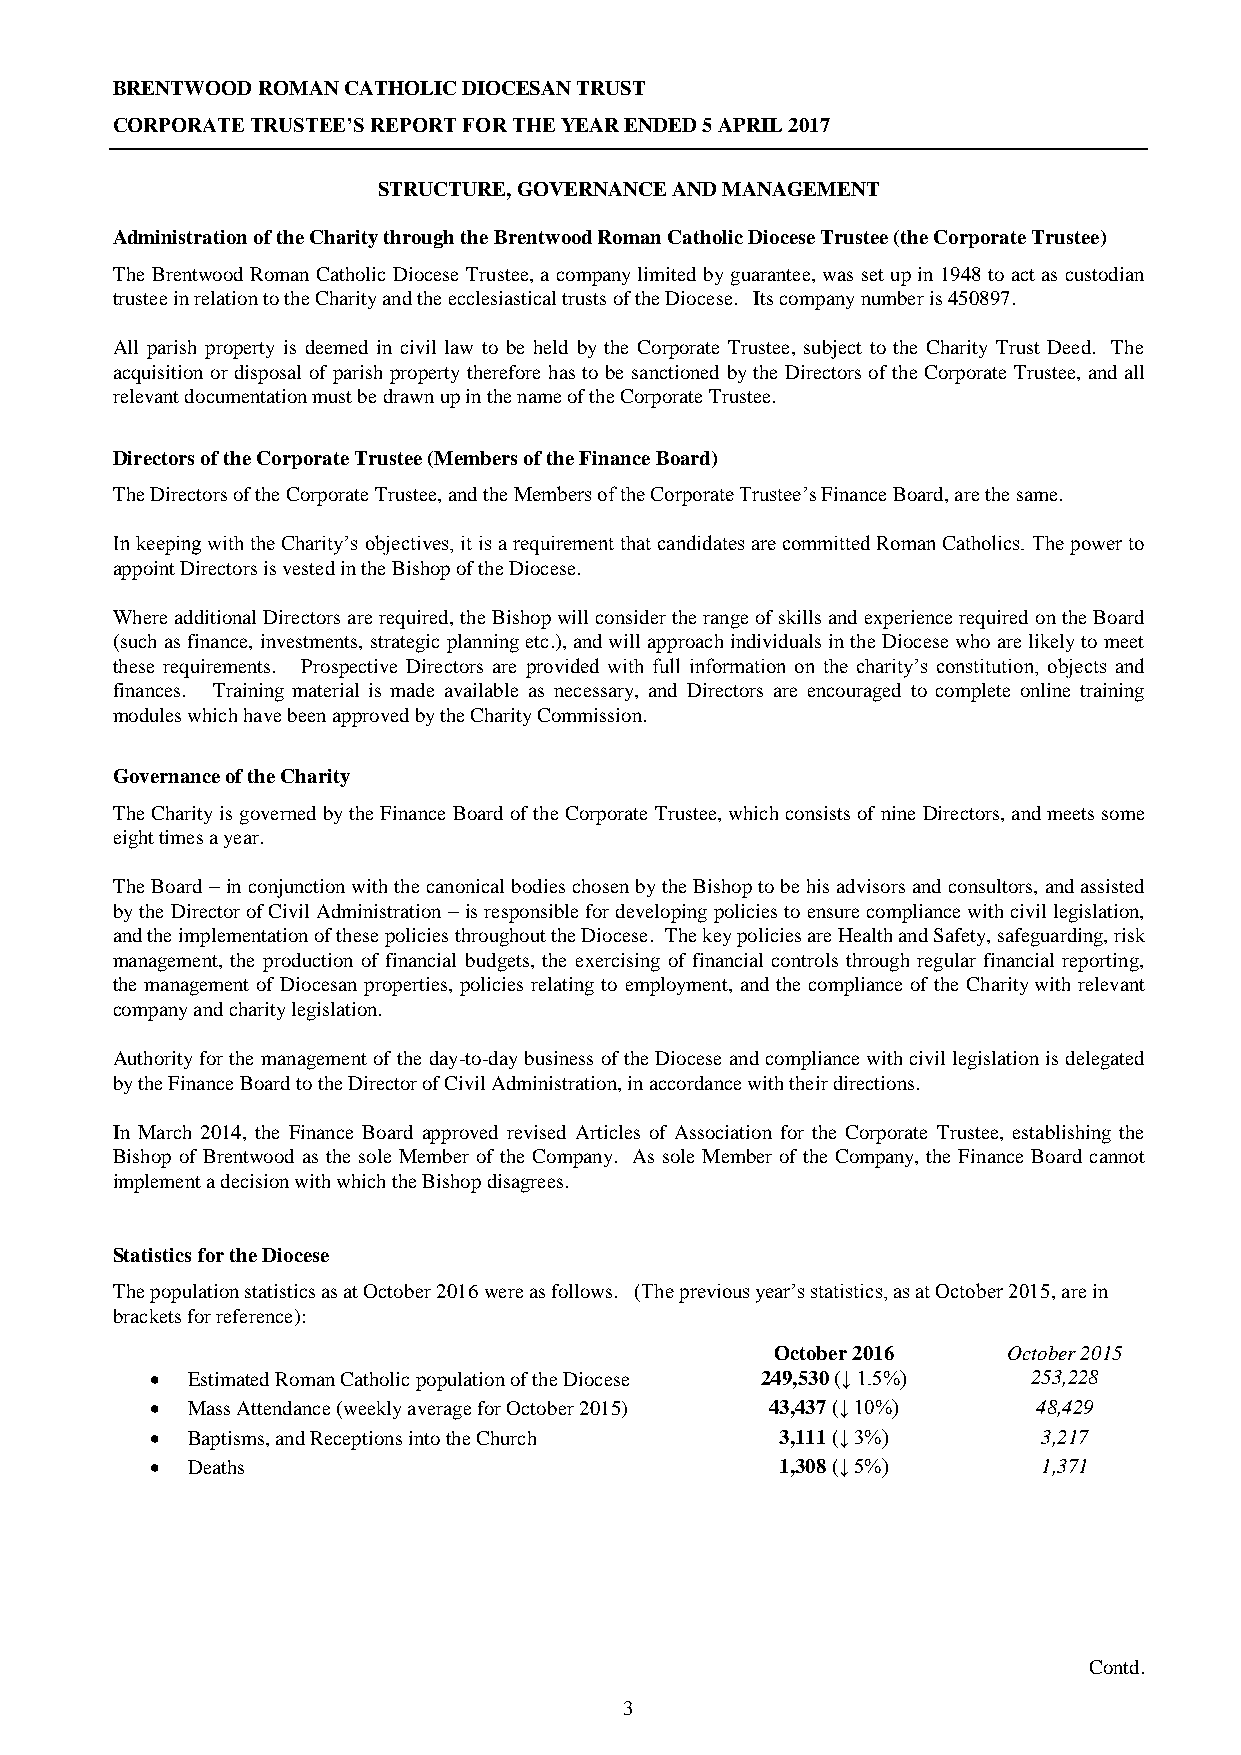
BRENTWOOD ROMAN CATHOLIC DIOCESAN TRUST
 CORPORATE TRUSTEE’S REPORT FOR THE YEAR ENDED 5 APRIL 2017
 STRUCTURE, GOVERNANCE AND MANAGEMENT
 Administration of the Charity through the Brentwood Roman Catholic Diocese Trustee (the Corporate Trustee)
 The Brentwood Roman Catholic Diocese Trustee, a company limited by guarantee, was set up in 1948 to act as custodian
 trustee in relation to the Charity and the ecclesiastical trusts of the Diocese. Its company number is 450897.
 All parish property is deemed in civil law to be held by the Corporate Trustee, subject to the Charity Trust Deed. The
 acquisition or disposal of parish property therefore has to be sanctioned by the Directors of the Corporate Trustee, and all
 relevant documentation must be drawn up in the name of the Corporate Trustee.
 Directors of the Corporate Trustee (Members of the Finance Board)
 The Directors of the Corporate Trustee, and the Members of the Corporate Trustee’s Finance Board, are the same.
 In keeping with the Charity’s objectives, it is a requirement that candidates are committed Roman Catholics. The power to
 appoint Directors is vested in the Bishop of the Diocese.
 Where additional Directors are required, the Bishop will consider the range of skills and experience required on the Board
 (such as finance, investments, strategic planning etc.), and will approach individuals in the Diocese who are likely to meet
 these requirements. Prospective Directors are provided with full information on the charity’s constitution, objects and
 finances. Training material is made available as necessary, and Directors are encouraged to complete online training
 modules which have been approved by the Charity Commission.
 Governance of the Charity
 The Charity is governed by the Finance Board of the Corporate Trustee, which consists of nine Directors, and meets some
 eight times a year.
 The Board – in conjunction with the canonical bodies chosen by the Bishop to be his advisors and consultors, and assisted
 by the Director of Civil Administration – is responsible for developing policies to ensure compliance with civil legislation,
 and the implementation of these policies throughout the Diocese. The key policies are Health and Safety, safeguarding, risk
 management, the production of financial budgets, the exercising of financial controls through regular financial reporting,
 the management of Diocesan properties, policies relating to employment, and the compliance of the Charity with relevant
 company and charity legislation.
 Authority for the management of the day-to-day business of the Diocese and compliance with civil legislation is delegated
 by the Finance Board to the Director of Civil Administration, in accordance with their directions.
 In March 2014, the Finance Board approved revised Articles of Association for the Corporate Trustee, establishing the
 Bishop of Brentwood as the sole Member of the Company. As sole Member of the Company, the Finance Board cannot
 implement a decision with which the Bishop disagrees.
 Statistics for the Diocese
 The population statistics as at October 2016 were as follows. (The previous year’s statistics, as at October 2015, are in
 brackets for reference):
 October 2016    October 2015
  Estimated Roman Catholic population of the Diocese 249,530 (↓ 1.5%) 253,228
  Mass Attendance (weekly average for October 2015) 43,437 (↓ 10%) 48,429
  Baptisms, and Receptions into the Church 3,111 (↓ 3%)    3,217
  Deaths                                  1,308 (↓ 5%)     1,371
 Contd.
 3